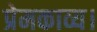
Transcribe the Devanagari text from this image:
प्रेमकाव्य।